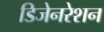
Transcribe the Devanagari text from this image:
डिजेनरेशन